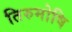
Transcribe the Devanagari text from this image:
तिरुमोषि